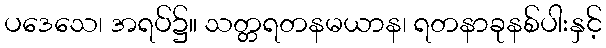
ပဒေသေ၊ အရပ်၌။ သတ္တရတနမယာန၊ ရတနာခုနစ်ပါးနှင့်